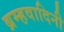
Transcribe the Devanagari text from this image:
ब्रम्हवादिनी